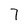
Character: 7